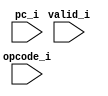
module mpx_trace_sim
(
     input                        valid_i
    ,input  [31:0]                pc_i
    ,input  [31:0]                opcode_i
);

//-----------------------------------------------------------------
// get_regname_str: Convert register number to string
//-----------------------------------------------------------------
`ifdef verilator
function [79:0] get_regname_str;
    input  [4:0] regnum;
begin
    case (regnum)
    5'd0:  get_regname_str = "zero";
    5'd1:  get_regname_str = "at";
    5'd2:  get_regname_str = "v0";
    5'd3:  get_regname_str = "v1";
    5'd4:  get_regname_str = "a0";
    5'd5:  get_regname_str = "a1";
    5'd6:  get_regname_str = "a2";
    5'd7:  get_regname_str = "a3";
    5'd8:  get_regname_str = "t0";
    5'd9:  get_regname_str = "t1";
    5'd10:  get_regname_str = "t2";
    5'd11:  get_regname_str = "t3";
    5'd12:  get_regname_str = "t4";
    5'd13:  get_regname_str = "t5";
    5'd14:  get_regname_str = "t6";
    5'd15:  get_regname_str = "t7";
    5'd16:  get_regname_str = "s0";
    5'd17:  get_regname_str = "s1";
    5'd18:  get_regname_str = "s2";
    5'd19:  get_regname_str = "s3";
    5'd20:  get_regname_str = "s4";
    5'd21:  get_regname_str = "s5";
    5'd22:  get_regname_str = "s6";
    5'd23:  get_regname_str = "s7";
    5'd24:  get_regname_str = "t8";
    5'd25:  get_regname_str = "t9";
    5'd26:  get_regname_str = "k0";
    5'd27:  get_regname_str = "k1";
    5'd28:  get_regname_str = "gp";
    5'd29:  get_regname_str = "sp";
    5'd30:  get_regname_str = "fp";
    5'd31:  get_regname_str = "ra";
    endcase
end
endfunction

//-------------------------------------------------------------------
// Debug strings
//-------------------------------------------------------------------
reg [79:0] dbg_inst_str;
reg [79:0] dbg_inst_rs;
reg [79:0] dbg_inst_rt;
reg [79:0] dbg_inst_rd;
reg [31:0] dbg_inst_imm;
reg [31:0] dbg_inst_pc;

wire [4:0] rs_idx_w = opcode_i[`OPCODE_RS_R];
wire [4:0] rt_idx_w = opcode_i[`OPCODE_RT_R];
wire [4:0] rd_idx_w = opcode_i[`OPCODE_RD_R];
wire [4:0] re_idx_w = opcode_i[`OPCODE_RE_R];

always @ *
begin
    dbg_inst_str = "-";
    dbg_inst_rs  = "-";
    dbg_inst_rt  = "-";
    dbg_inst_rd  = "-";
    dbg_inst_pc  = 32'bx;

    if (valid_i)
    begin
        dbg_inst_pc  = pc_i;
        dbg_inst_rs  = get_regname_str(rs_idx_w);
        dbg_inst_rt  = get_regname_str(rt_idx_w);
        dbg_inst_rd  = get_regname_str(rd_idx_w);

        case (1'b1)
        (opcode_i[`OPCODE_INST_R] == `INSTR_J_JAL)   : dbg_inst_str = "JAL";
        (opcode_i[`OPCODE_INST_R] == `INSTR_J_J)     : dbg_inst_str = "J";
        (opcode_i[`OPCODE_INST_R] == `INSTR_J_BEQ)   : dbg_inst_str = "BEQ";
        (opcode_i[`OPCODE_INST_R] == `INSTR_J_BNE)   : dbg_inst_str = "BNE";
        (opcode_i[`OPCODE_INST_R] == `INSTR_J_BLEZ)  : dbg_inst_str = "BLEZ";
        (opcode_i[`OPCODE_INST_R] == `INSTR_J_BGTZ)  : dbg_inst_str = "BGTZ";
        (opcode_i[`OPCODE_INST_R] == `INSTR_I_ADDI)  : dbg_inst_str = "ADDI";
        (opcode_i[`OPCODE_INST_R] == `INSTR_I_ADDIU) : dbg_inst_str = "ADDIU";
        (opcode_i[`OPCODE_INST_R] == `INSTR_I_SLTI)  : dbg_inst_str = "SLTI";
        (opcode_i[`OPCODE_INST_R] == `INSTR_I_SLTIU) : dbg_inst_str = "SLTIU";
        (opcode_i[`OPCODE_INST_R] == `INSTR_I_ANDI)  : dbg_inst_str = "ANDI";
        (opcode_i[`OPCODE_INST_R] == `INSTR_I_ORI)   : dbg_inst_str = "ORI";
        (opcode_i[`OPCODE_INST_R] == `INSTR_I_XORI)  : dbg_inst_str = "XORI";
        (opcode_i[`OPCODE_INST_R] == `INSTR_I_LUI)   : dbg_inst_str = "LUI";
        (opcode_i[`OPCODE_INST_R] == `INSTR_I_LB)    : dbg_inst_str = "LB";
        (opcode_i[`OPCODE_INST_R] == `INSTR_I_LH)    : dbg_inst_str = "LH";
        (opcode_i[`OPCODE_INST_R] == `INSTR_I_LW)    : dbg_inst_str = "LW";
        (opcode_i[`OPCODE_INST_R] == `INSTR_I_LBU)   : dbg_inst_str = "LBU";
        (opcode_i[`OPCODE_INST_R] == `INSTR_I_LHU)   : dbg_inst_str = "LHU";
        (opcode_i[`OPCODE_INST_R] == `INSTR_I_LWL)   : dbg_inst_str = "LWL";
        (opcode_i[`OPCODE_INST_R] == `INSTR_I_LWR)   : dbg_inst_str = "LWR";
        (opcode_i[`OPCODE_INST_R] == `INSTR_I_SB)    : dbg_inst_str = "SB";
        (opcode_i[`OPCODE_INST_R] == `INSTR_I_SH)    : dbg_inst_str = "SH";
        (opcode_i[`OPCODE_INST_R] == `INSTR_I_SW)    : dbg_inst_str = "SW";
        (opcode_i[`OPCODE_INST_R] == `INSTR_I_SWL)   : dbg_inst_str = "SWL";
        (opcode_i[`OPCODE_INST_R] == `INSTR_I_SWR)   : dbg_inst_str = "SWR";
        (opcode_i[`OPCODE_INST_R] == `INSTR_COP0)    : dbg_inst_str = "COP0";
        (opcode_i[`OPCODE_INST_R] == `INSTR_COP1)    : dbg_inst_str = "COP1";
        (opcode_i[`OPCODE_INST_R] == `INSTR_COP2)    : dbg_inst_str = "COP2";
        (opcode_i[`OPCODE_INST_R] == `INSTR_COP3)    : dbg_inst_str = "COP3";
        (opcode_i[`OPCODE_INST_R] == `INSTR_I_LWC0)  : dbg_inst_str = "LWC0";
        (opcode_i[`OPCODE_INST_R] == `INSTR_I_LWC1)  : dbg_inst_str = "LWC1";
        (opcode_i[`OPCODE_INST_R] == `INSTR_I_LWC2)  : dbg_inst_str = "LWC2";
        (opcode_i[`OPCODE_INST_R] == `INSTR_I_LWC3)  : dbg_inst_str = "LWC3";
        (opcode_i[`OPCODE_INST_R] == `INSTR_I_SWC0)  : dbg_inst_str = "SWC0";
        (opcode_i[`OPCODE_INST_R] == `INSTR_I_SWC1)  : dbg_inst_str = "SWC1";
        (opcode_i[`OPCODE_INST_R] == `INSTR_I_SWC2)  : dbg_inst_str = "SWC2";
        (opcode_i[`OPCODE_INST_R] == `INSTR_I_SWC3)  : dbg_inst_str = "SWC3";
        (opcode_i[`OPCODE_INST_R] == `INSTR_R_SPECIAL && opcode_i[`OPCODE_FUNC_R] == `INSTR_R_SLL)     : dbg_inst_str = "SLL";
        (opcode_i[`OPCODE_INST_R] == `INSTR_R_SPECIAL && opcode_i[`OPCODE_FUNC_R] == `INSTR_R_SRL)     : dbg_inst_str = "SRL";
        (opcode_i[`OPCODE_INST_R] == `INSTR_R_SPECIAL && opcode_i[`OPCODE_FUNC_R] == `INSTR_R_SRA)     : dbg_inst_str = "SRA";
        (opcode_i[`OPCODE_INST_R] == `INSTR_R_SPECIAL && opcode_i[`OPCODE_FUNC_R] == `INSTR_R_SLLV)    : dbg_inst_str = "SLLV";
        (opcode_i[`OPCODE_INST_R] == `INSTR_R_SPECIAL && opcode_i[`OPCODE_FUNC_R] == `INSTR_R_SRLV)    : dbg_inst_str = "SRLV";
        (opcode_i[`OPCODE_INST_R] == `INSTR_R_SPECIAL && opcode_i[`OPCODE_FUNC_R] == `INSTR_R_SRAV)    : dbg_inst_str = "SRAV";
        (opcode_i[`OPCODE_INST_R] == `INSTR_R_SPECIAL && opcode_i[`OPCODE_FUNC_R] == `INSTR_R_JR)      : dbg_inst_str = "JR";
        (opcode_i[`OPCODE_INST_R] == `INSTR_R_SPECIAL && opcode_i[`OPCODE_FUNC_R] == `INSTR_R_JALR)    : dbg_inst_str = "JALR";
        (opcode_i[`OPCODE_INST_R] == `INSTR_R_SPECIAL && opcode_i[`OPCODE_FUNC_R] == `INSTR_R_SYSCALL) : dbg_inst_str = "SYSCALL";
        (opcode_i[`OPCODE_INST_R] == `INSTR_R_SPECIAL && opcode_i[`OPCODE_FUNC_R] == `INSTR_R_BREAK)   : dbg_inst_str = "BREAK";
        (opcode_i[`OPCODE_INST_R] == `INSTR_R_SPECIAL && opcode_i[`OPCODE_FUNC_R] == `INSTR_R_MFHI)    : dbg_inst_str = "MFHI";
        (opcode_i[`OPCODE_INST_R] == `INSTR_R_SPECIAL && opcode_i[`OPCODE_FUNC_R] == `INSTR_R_MTHI)    : dbg_inst_str = "MTHI";
        (opcode_i[`OPCODE_INST_R] == `INSTR_R_SPECIAL && opcode_i[`OPCODE_FUNC_R] == `INSTR_R_MFLO)    : dbg_inst_str = "MFLO";
        (opcode_i[`OPCODE_INST_R] == `INSTR_R_SPECIAL && opcode_i[`OPCODE_FUNC_R] == `INSTR_R_MTLO)    : dbg_inst_str = "MTLO";
        (opcode_i[`OPCODE_INST_R] == `INSTR_R_SPECIAL && opcode_i[`OPCODE_FUNC_R] == `INSTR_R_MULT)    : dbg_inst_str = "MULT";
        (opcode_i[`OPCODE_INST_R] == `INSTR_R_SPECIAL && opcode_i[`OPCODE_FUNC_R] == `INSTR_R_MULTU)   : dbg_inst_str = "MULTU";
        (opcode_i[`OPCODE_INST_R] == `INSTR_R_SPECIAL && opcode_i[`OPCODE_FUNC_R] == `INSTR_R_DIV)     : dbg_inst_str = "DIV";
        (opcode_i[`OPCODE_INST_R] == `INSTR_R_SPECIAL && opcode_i[`OPCODE_FUNC_R] == `INSTR_R_DIVU)    : dbg_inst_str = "DIVU";
        (opcode_i[`OPCODE_INST_R] == `INSTR_R_SPECIAL && opcode_i[`OPCODE_FUNC_R] == `INSTR_R_ADD)     : dbg_inst_str = "ADD";
        (opcode_i[`OPCODE_INST_R] == `INSTR_R_SPECIAL && opcode_i[`OPCODE_FUNC_R] == `INSTR_R_ADDU)    : dbg_inst_str = "ADDU";
        (opcode_i[`OPCODE_INST_R] == `INSTR_R_SPECIAL && opcode_i[`OPCODE_FUNC_R] == `INSTR_R_SUB)     : dbg_inst_str = "SUB";
        (opcode_i[`OPCODE_INST_R] == `INSTR_R_SPECIAL && opcode_i[`OPCODE_FUNC_R] == `INSTR_R_SUBU)    : dbg_inst_str = "SUBU";
        (opcode_i[`OPCODE_INST_R] == `INSTR_R_SPECIAL && opcode_i[`OPCODE_FUNC_R] == `INSTR_R_AND)     : dbg_inst_str = "AND";
        (opcode_i[`OPCODE_INST_R] == `INSTR_R_SPECIAL && opcode_i[`OPCODE_FUNC_R] == `INSTR_R_OR)      : dbg_inst_str = "OR";
        (opcode_i[`OPCODE_INST_R] == `INSTR_R_SPECIAL && opcode_i[`OPCODE_FUNC_R] == `INSTR_R_XOR)     : dbg_inst_str = "XOR";
        (opcode_i[`OPCODE_INST_R] == `INSTR_R_SPECIAL && opcode_i[`OPCODE_FUNC_R] == `INSTR_R_NOR)     : dbg_inst_str = "NOR";
        (opcode_i[`OPCODE_INST_R] == `INSTR_R_SPECIAL && opcode_i[`OPCODE_FUNC_R] == `INSTR_R_SLT)     : dbg_inst_str = "SLT";
        (opcode_i[`OPCODE_INST_R] == `INSTR_R_SPECIAL && opcode_i[`OPCODE_FUNC_R] == `INSTR_R_SLTU)    : dbg_inst_str = "SLTU";
        (opcode_i[`OPCODE_INST_R] == `INSTR_I_BRCOND) :
        begin
            case ({rt_idx_w[0],(rt_idx_w[4:1] == 4'h8)})
            2'b00:   dbg_inst_str = "BLTZ";
            2'b01:   dbg_inst_str = "BLTZAL";
            2'b10:   dbg_inst_str = "BGEZ";
            default: dbg_inst_str = "BGEZAL";
            endcase
        end
        endcase

        case (1'b1)
        (opcode_i[`OPCODE_INST_R] == `INSTR_J_JAL),
        (opcode_i[`OPCODE_INST_R] == `INSTR_J_J) :
        begin
            dbg_inst_rs  = "-";
            dbg_inst_rt  = "-";
            dbg_inst_rd  = "-";
            dbg_inst_imm = {4'b0, opcode_i[`OPCODE_ADDR_R], 2'b0};
        end
        (opcode_i[`OPCODE_INST_R] == `INSTR_COP2):
        begin
            if (opcode_i[25])
            begin
                dbg_inst_str = "COP2";
                dbg_inst_imm = {6'b0, opcode_i[25:0]};
            end
            else if (opcode_i[`OPCODE_RS_R] == 5'b00000)
            begin
                dbg_inst_str = "MFC2";
                dbg_inst_imm = 32'h0;
            end
            else if (opcode_i[`OPCODE_RS_R] == 5'b00010)
            begin
                dbg_inst_str = "CFC2";
                dbg_inst_imm = 32'h0;
            end
            else if (opcode_i[`OPCODE_RS_R] == 5'b00100)
            begin
                dbg_inst_str = "MTC2";
                dbg_inst_imm = 32'h0;
            end
            else if (opcode_i[`OPCODE_RS_R] == 5'b00110)
            begin
                dbg_inst_str = "CTC2";
                dbg_inst_imm = 32'h0;
            end
        end
        default:
        begin
            dbg_inst_imm = {{16{opcode_i[15]}}, opcode_i[`OPCODE_IMM_R]};
        end
        endcase        
    end
end
`endif

endmodule